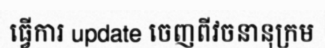
ធ្វើការ update ចេញពីវចនានុក្រម